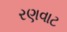
રણવાટ